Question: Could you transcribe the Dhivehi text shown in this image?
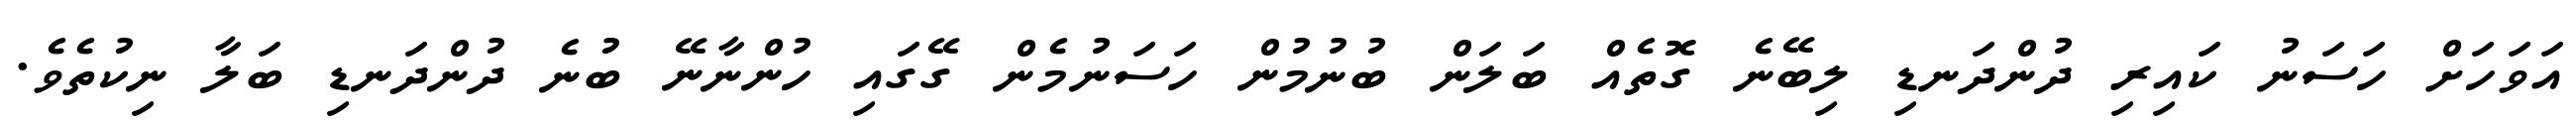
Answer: އަވަހަށް ހަސަނު ކައިރި ދުންދަނޑި ލިބޭނެ ގޮތެއް ބަލަން ބުނުމުން ހަސަނުމެން ގޭގައި ހުންނާނޭ ބުނެ ދުންދަނޑި ބަލާ ނިކުތެވެ.